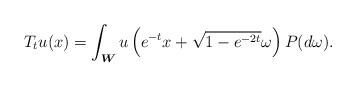
LaTeX: \begin{align*}T_{t}u(x)=\int_{\boldsymbol{W}}u\left(e^{-t}x+\sqrt{1-e^{-2t}}\omega\right)P(d\omega).\end{align*}